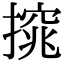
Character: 𢳙